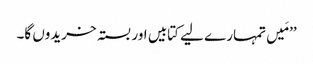
’’مَیں تمہارے لیے کتابیں اور بستہ خریدوں گا۔